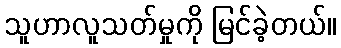
သူဟာလူသတ်မှုကို မြင်ခဲ့တယ်။